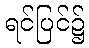
ရင်ပြင်၌